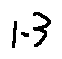
1 . 3